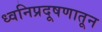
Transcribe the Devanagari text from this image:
ध्वनिप्रदूषणातून